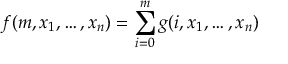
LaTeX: f ( m , x _ { 1 } , \ldots , x _ { n } ) = \sum _ { i = 0 } ^ { m } g ( i , x _ { 1 } , \ldots , x _ { n } )